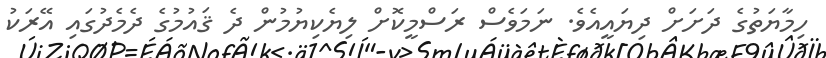
ހިމާޔަތުގެ ދަށަށް ދިޔައީއެވެ. ނަމަވެސް ރަސްމީކޮށް ލިޔެކިޔުމުން ދެ ޤައުމުގެ ދެމެދުގައި އޭރަކު